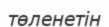
төленетін